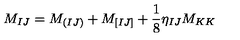
M _ { I J } = M _ { ( I J ) } + M _ { [ I J ] } + { \frac { 1 } { 8 } } \eta _ { I J } M _ { K K }